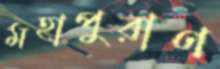
মহাপুরাণ